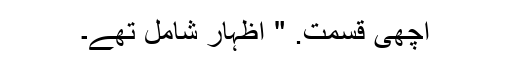
اچھی قسمت. " اظہار شامل تھے۔